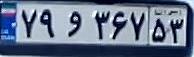
۷۹و۳۶۷۵۳